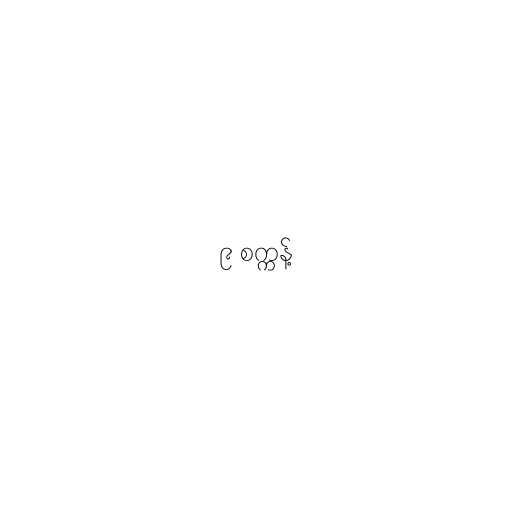
၉ စက္ကန့်